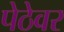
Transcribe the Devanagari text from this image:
पेठेवर